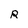
Character: R